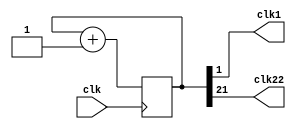
module clock_divisor(clk1, clk, clk22);
input clk;
output clk1;
output clk22;
reg [21:0] num;
wire [21:0] next_num;

always @(posedge clk) begin
  num <= next_num;
end

assign next_num = num + 1'b1;
assign clk1 = num[1];
assign clk22 = num[21];
endmodule